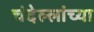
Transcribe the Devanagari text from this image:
चंदेल्लांच्या